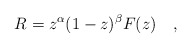
\begin{align*}R=z^{\alpha }(1-z)^{\beta }F(z)\quad, \end{align*}